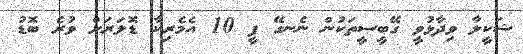
ޝަކީލާ ވިދާޅުވީ ގޭބީސީތަކުން ނެނގޭ ފީ 10 އެމެރިކާ ޑޮލަރަށް ވުރެ ބޮޑު